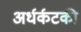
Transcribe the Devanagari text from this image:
अर्धर्कटकी